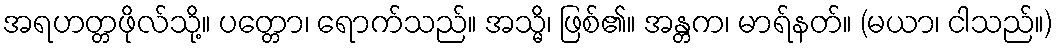
အရဟတ္တဖိုလ်သို့။ ပတ္တော၊ ရောက်သည်။ အသ္မိ၊ ဖြစ်၏။ အန္တက၊ မာရ်နတ်။ (မယာ၊ ငါသည်။)